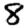
Digit: 8